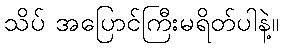
သိပ် အပြောင်ကြီးမရိတ်ပါနဲ့။